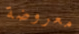
معروضة